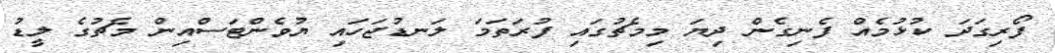
ފޯރިގަދަ ކުޅުމެއް ފެނިގެން ދިޔަ މިމެޗުގައި ފުރަތަމަ ލަނޑުޖަހައި ޔުވެންޓަސްއިން މެޗުގެ ލީޑު